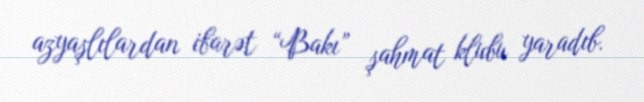
azyaşlılardan ibarət “Bakı” şahmat klubu yaradıb.